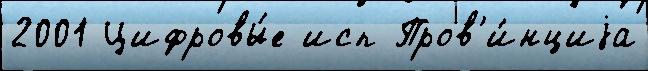
2001 Цифровы́е исп Пров'и́нциjа